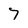
Character: 7